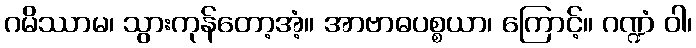
ဂမိဿာမ၊ သွားကုန်တော့အံ့။ အာဗာဓပစ္စယာ၊ ကြောင့်။ ဂဏ္ဍံ ဝါ၊